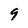
Character: 9